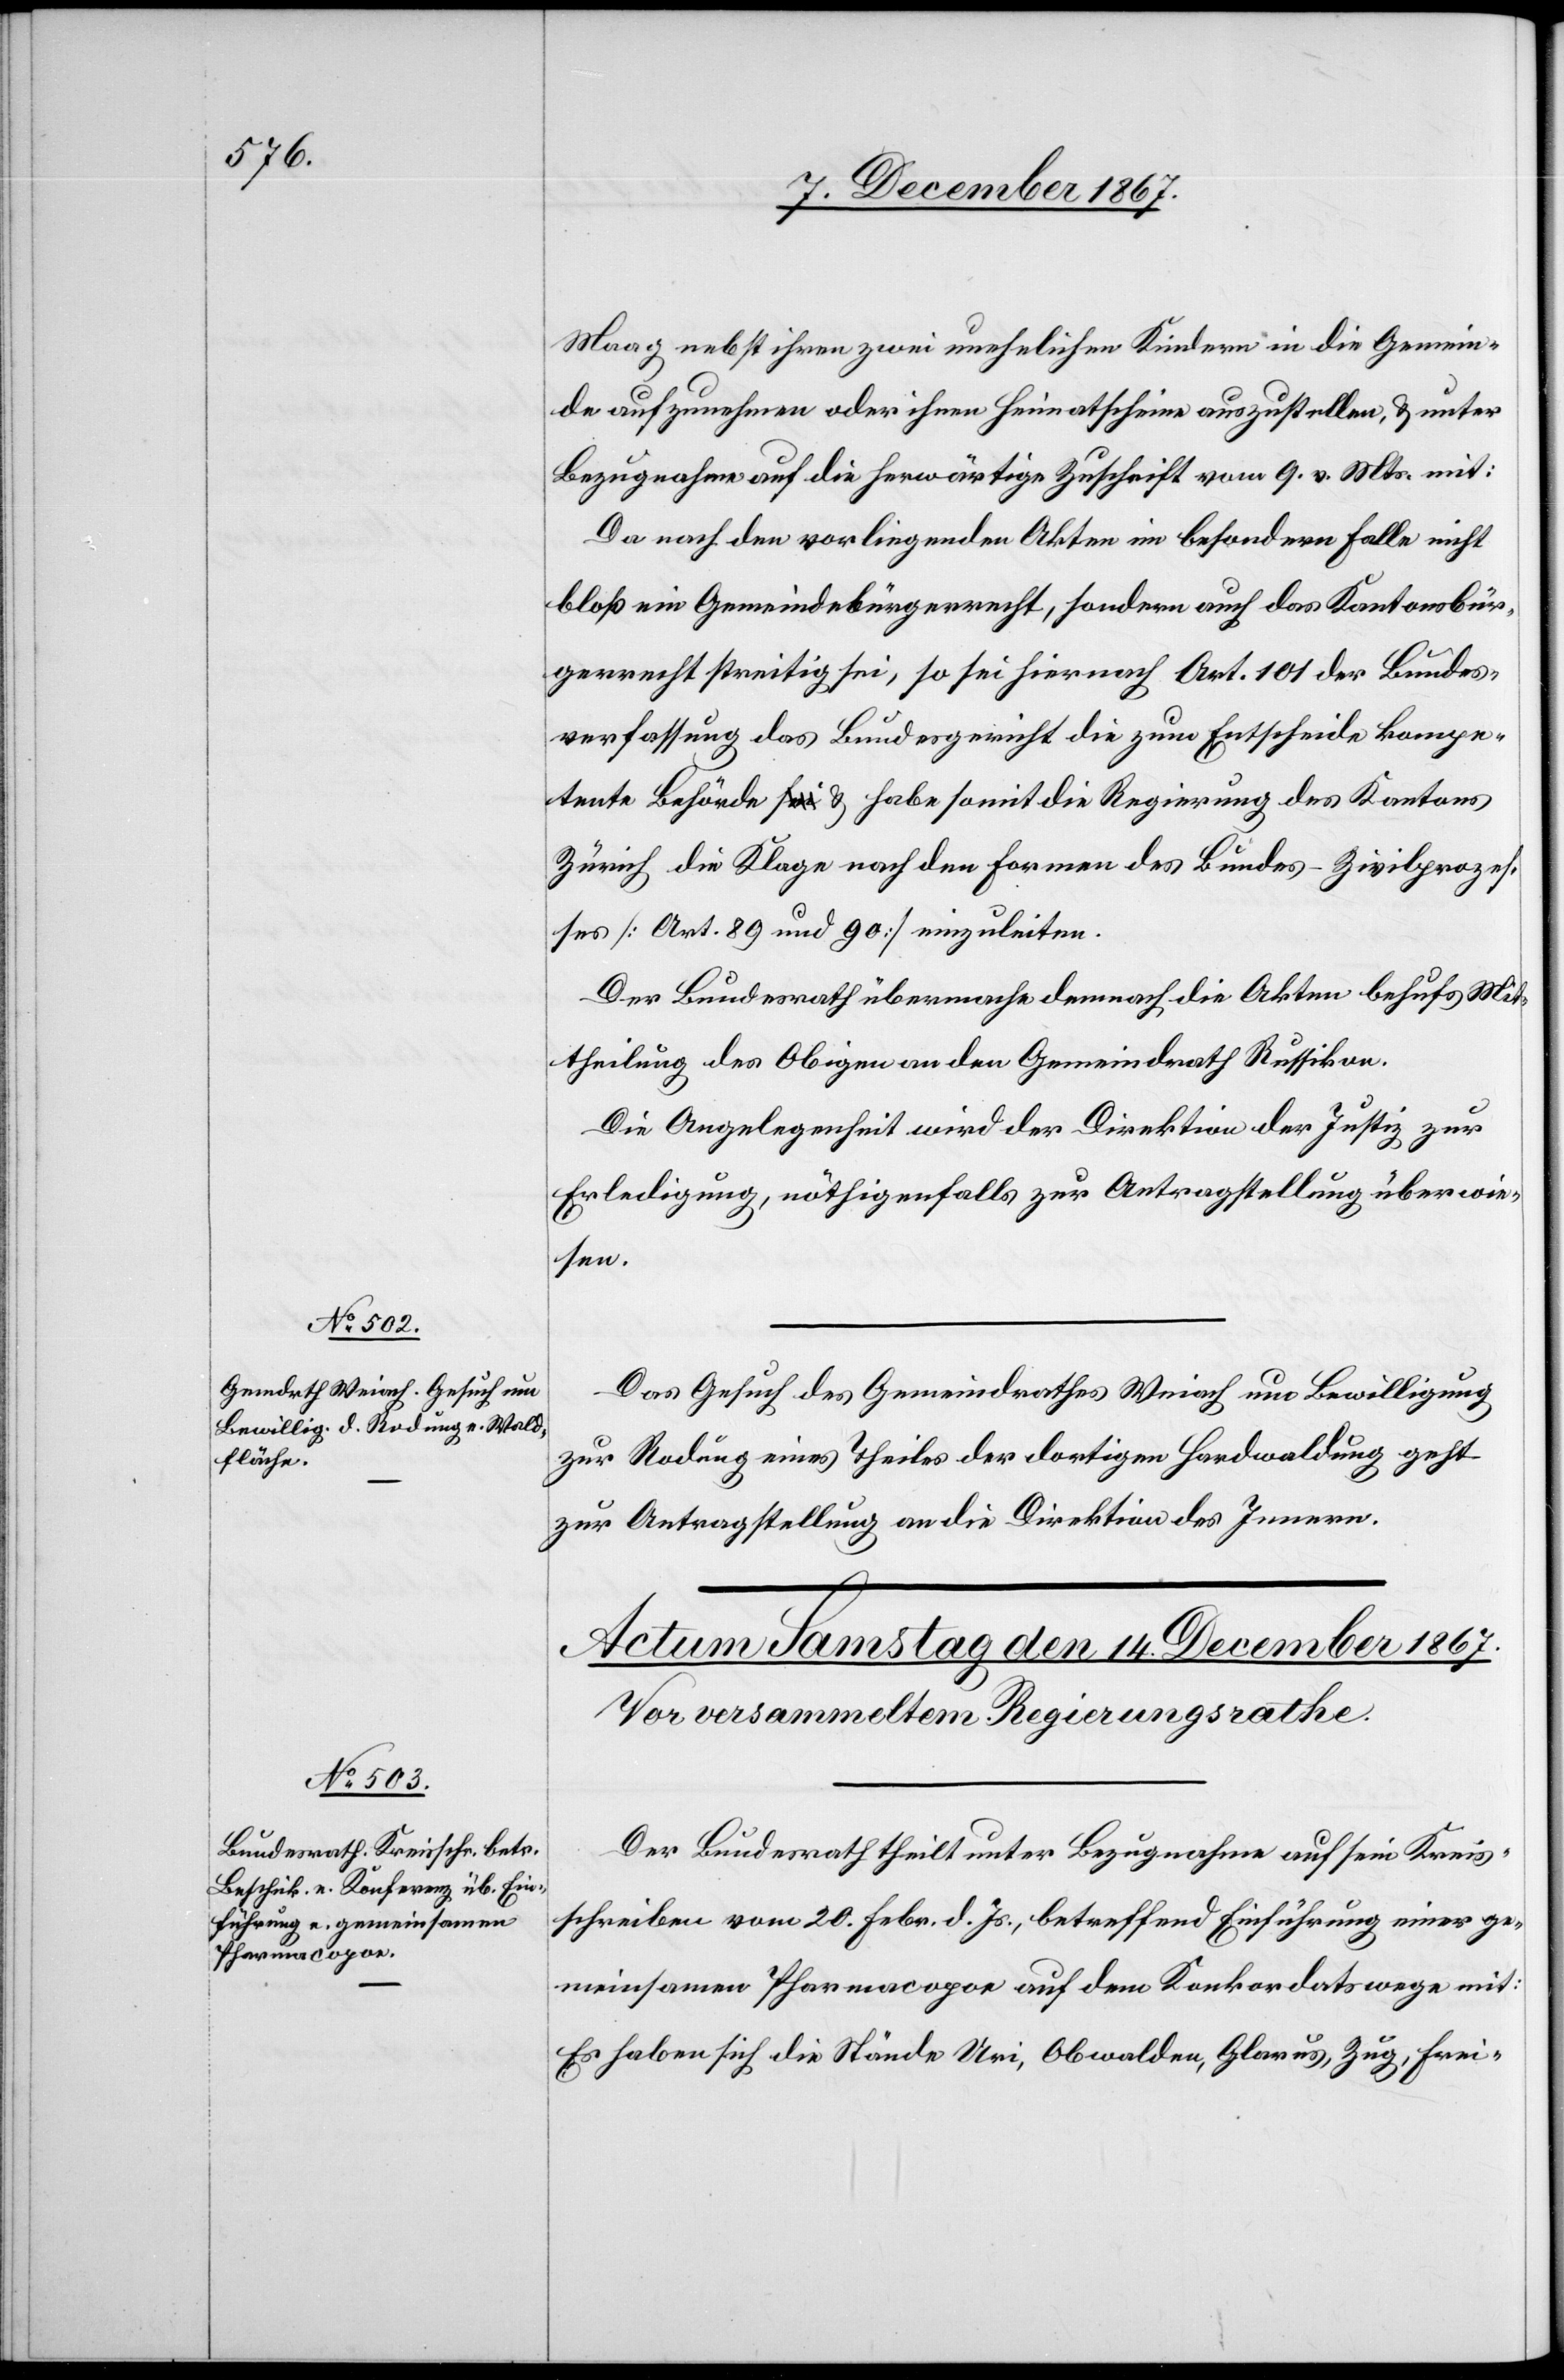
12. December 1867.]
Maag nebst ihren zwei unehelichen Kindern in die Gemein¬
de aufzunehmen oder ihnen Heimatschein auszustellen, u. unter
Bezugnahme auf die herwärtige Zuschrift vom 9. v. Mts. mit:
Da nach den vorliegenden Akten im besondern Falle nicht
bloß ein Gemeindebürgerrecht, sondern auch das Kantonsbür¬
gerrecht streitig sei, so sei hiernach Art. 101 der Bundes¬
verfassung das Bundesgericht die zum Entscheide kompe¬
tente Behörde u. habe somit die Regierung des Kantons
Zürich die Klage nach den Formen des Bundes-Zivilprozes¬
ses [Art. 89 und 90] einzuleiten.
Der Bundesrath übermache demnach die Akten behufs Mit¬
theilung des Obigen an den Gemeindrath Russikon.
Die Angelegenheit wird der Direktion der Justiz zur
Erledigung, nöthigenfalls zur Antragstellung überwie¬
sen.
Das Gesuch des Gemeindrathes Weiach um Bewilligung
zur Rodung eines Theiles der dortigen Hardwaldung geht
zur Antragstellung an die Direktion des Innern.
Der Bundesrath theilt unter Bezugnahme auf sein Kreis¬
schreiben vom 20. Febr. d. Js., betreffend Einführung einer ge¬
meinsamen Pharamacopoe auf dem Konkordatswege mit:
Es haben sich die Stände Uri, Obwalden, Glarus, Zug, Frei-